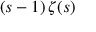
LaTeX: ( s - 1 ) \, \zeta ( s )